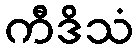
ကီဒိသံ